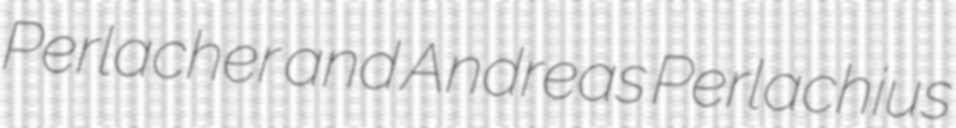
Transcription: Perlacher and Andreas Perlachius